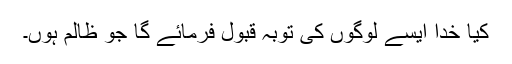
کیا خدا ایسے لوگوں کی توبہ قبول فرمائے گا جو ظالم ہوں۔